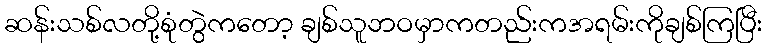
ဆန်းသစ်လတို့စုံတွဲကတော့ ချစ်သူဘဝမှာကတည်းကအရမ်းကိုချစ်ကြပြီး